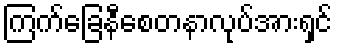
ကြက်ခြေနီစေတနာလုပ်အားရှင်